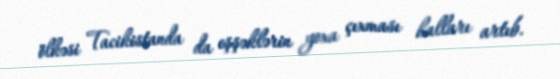
ölkəsi Tacikistanda da eşşəklərin yoxa çıxması halları artıb.